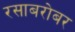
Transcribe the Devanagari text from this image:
रसाबरोबर